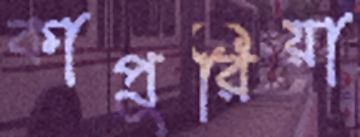
কাপুরিয়া